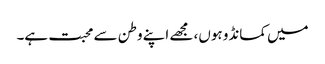
میں کمانڈو ہوں، مجھے اپنے وطن سے محبت ہے۔